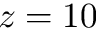
z = 1 0